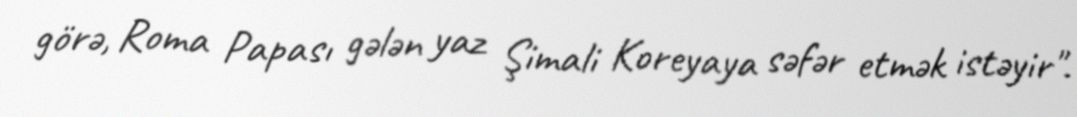
görə, Roma Papası gələn yaz Şimali Koreyaya səfər etmək istəyir".